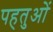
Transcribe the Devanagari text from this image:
पहतुओं